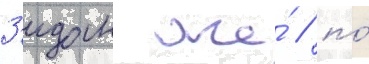
З'идан же́ / по́